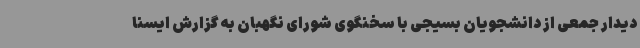
دیدار جمعی از دانشجویان بسیجی با سخنگوی شورای نگهبان به گزارش ایسنا